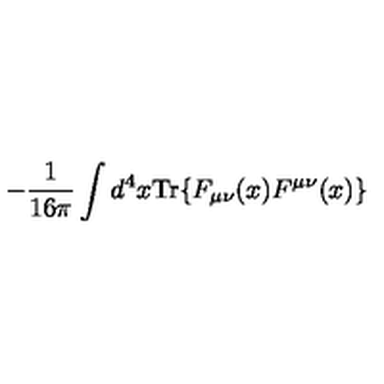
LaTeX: - \frac { 1 } { 1 6 \pi } \int d ^ { 4 } x \mathrm { T r } \{ F _ { \mu \nu } ( x ) F ^ { \mu \nu } ( x ) \}